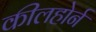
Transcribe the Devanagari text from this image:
कीलहोर्न